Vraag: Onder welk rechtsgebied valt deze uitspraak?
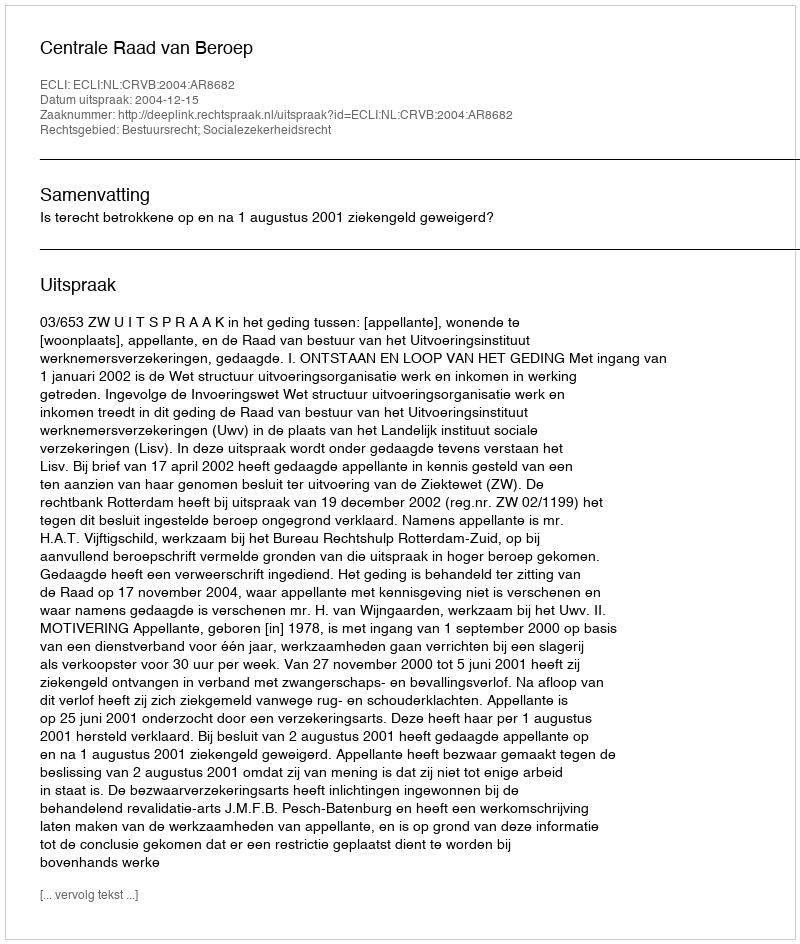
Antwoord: Bestuursrecht; Socialezekerheidsrecht